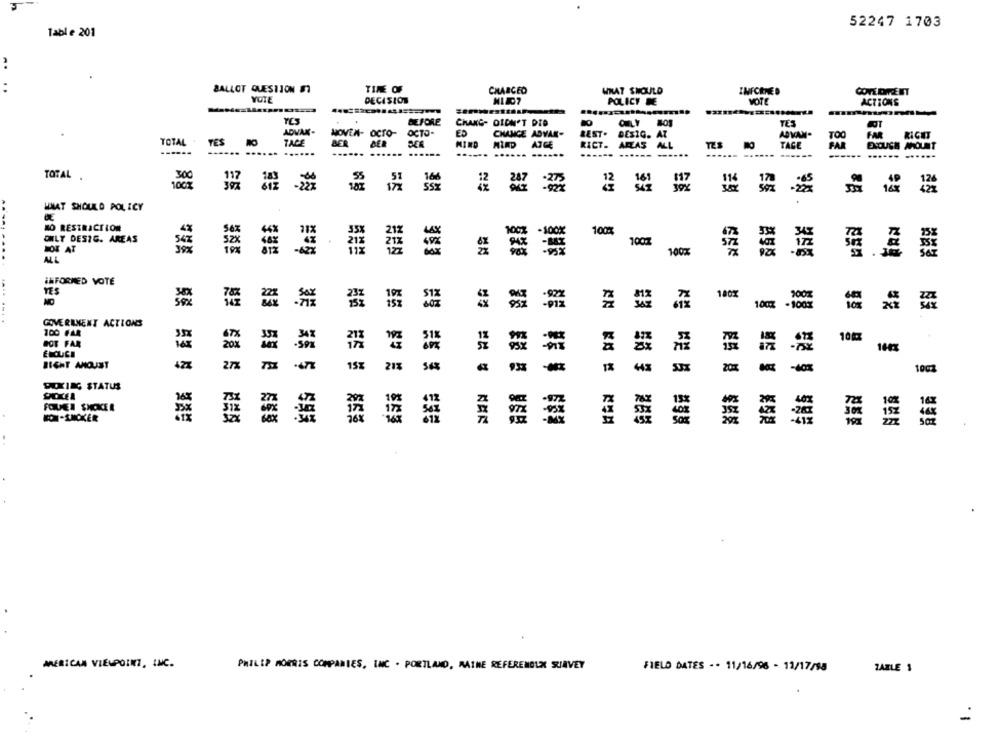
52247 1703
Table 201
:
BALLOT QUESTION S
TIME OF
CHARGED
WHAT SHOULD
INFORMED
YOTE
DECISION
POLICY DE
MOTE
ACTIONS
BEFORE
CHANG- DIDN'T DID
TES
ADVAK-
WOVEN- OCTO-
OCTO-
CHANGE ADVAN-
REST.
DESIG. AT
ADVAN-
FAR
RIGHT
TOTAL
TACE
TOO
MIND
ATCE
RICT.
AREAS
ALL
TACE
BAR
....
..
-
.. .....
TOTAL
100%
SSY
NN
WHAT SHOULD POLICY
NO RESTRICTION
100.
ONLY DESTE. AREAS
1007
HOE AT
100%
ALL
INFORMED VOTE
YES
100%
1000
- 1000
...
GOVERNMENT ACTIONS
100 FAA
10
BOT FAR
ENOUGH
SICHT AHOUST
27%
15%
21%
100%
PEKING STATUS
FOUPER SHOKEL
BON -SMOKER
AMERICAN VIEWPOINT, INC.
PHILIP MORRIS COMPANIES, INC . PORTLAND, MATHE REFERENDUM SURVEY
FIELD DATES -. 11/16/96 - 11/17/98
TABLE $